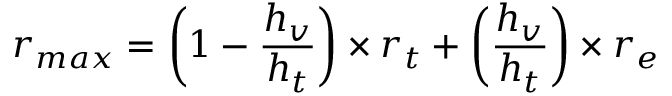
r _ { m a x } = \left( 1 - \frac { h _ { v } } { h _ { t } } \right) \times r _ { t } + \left( \frac { h _ { v } } { h _ { t } } \right) \times r _ { e }